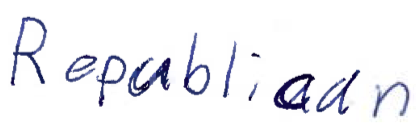
Text: Republican
Cross-out: clean
Writing tool: ballpoint